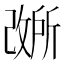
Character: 𫿐